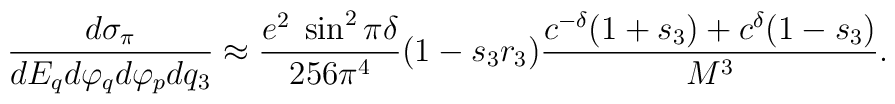
{d\sigma_{\pi}\over d E_q d\varphi_q d\varphi_p dq_3} \approx{e^2\;\sin^2\pi\delta\over 256\pi^4 } (1-s_3 r_3){c^{-\delta}(1+s_3) + c^{\delta} (1-s_3)\over M^3}.